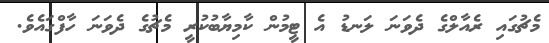
މެޗުގައި ރެއާލްގެ ދެވަނަ ލަނޑު އެ ޓީމުން ކާމިޔާބުކުރީ މެޗުގެ ދެވަނަ ހާފްގައެވެ.